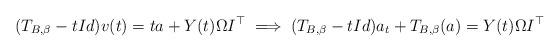
LaTeX: \begin{align*}(T_{B,\beta}-tId)v(t)=ta+Y(t)\Omega I^{\top}\implies(T_{B,\beta}-tId)a_{t}+T_{B,\beta}(a)=Y(t)\Omega I^{\top}\end{align*}